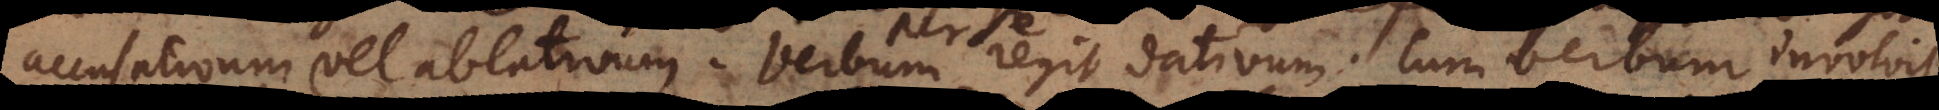
accusativum vel ablativum. Verbum regit dativum. Cum verbum involvit